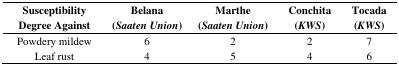
<table><thead><tr><td><b>Susceptibility Degree Against</b></td><td><b>Belana (<i>Saaten Union</i>)</b></td><td><b>Marthe (<i>Saaten Union</i>)</b></td><td><b>Conchita (<i>KWS</i>)</b></td><td><b>Tocada (<i>KWS</i>)</b></td></tr></thead><tbody><tr><td>Powdery mildew</td><td>6</td><td>2</td><td>2</td><td>7</td></tr><tr><td>Leaf rust</td><td>4</td><td>5</td><td>4</td><td>6</td></tr></tbody></table>